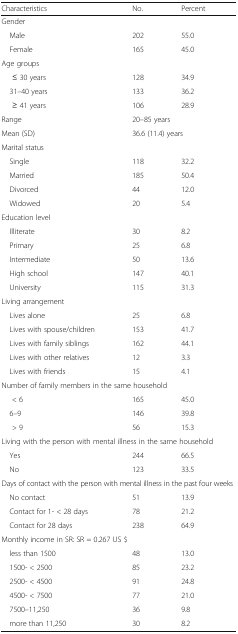
<table><thead><tr><td><b>Characteristics</b></td><td><b>No.</b></td><td><b>Percent</b></td></tr></thead><tbody><tr><td colspan="3">Gender</td></tr><tr><td> Male</td><td>202</td><td>55.0</td></tr><tr><td> Female</td><td>165</td><td>45.0</td></tr><tr><td colspan="3">Age groups</td></tr><tr><td>≤ 30 years</td><td>128</td><td>34.9</td></tr><tr><td> 31–40 years</td><td>133</td><td>36.2</td></tr><tr><td>≥ 41 years</td><td>106</td><td>28.9</td></tr><tr><td>Range</td><td colspan="2">20–85 years</td></tr><tr><td>Mean (SD)</td><td colspan="2">36.6 (11.4) years</td></tr><tr><td colspan="3">Marital status</td></tr><tr><td> Single</td><td>118</td><td>32.2</td></tr><tr><td> Married</td><td>185</td><td>50.4</td></tr><tr><td> Divorced</td><td>44</td><td>12.0</td></tr><tr><td> Widowed</td><td>20</td><td>5.4</td></tr><tr><td colspan="3">Education level</td></tr><tr><td> Illiterate</td><td>30</td><td>8.2</td></tr><tr><td> Primary</td><td>25</td><td>6.8</td></tr><tr><td> Intermediate</td><td>50</td><td>13.6</td></tr><tr><td> High school</td><td>147</td><td>40.1</td></tr><tr><td> University</td><td>115</td><td>31.3</td></tr><tr><td colspan="3">Living arrangement</td></tr><tr><td> Lives alone</td><td>25</td><td>6.8</td></tr><tr><td> Lives with spouse/children</td><td>153</td><td>41.7</td></tr><tr><td> Lives with family siblings</td><td>162</td><td>44.1</td></tr><tr><td> Lives with other relatives</td><td>12</td><td>3.3</td></tr><tr><td> Lives with friends</td><td>15</td><td>4.1</td></tr><tr><td colspan="3">Number of family members in the same household</td></tr><tr><td>&lt; 6</td><td>165</td><td>45.0</td></tr><tr><td> 6–9</td><td>146</td><td>39.8</td></tr><tr><td>&gt; 9</td><td>56</td><td>15.3</td></tr><tr><td colspan="3">Living with the person with mental illness in the same household</td></tr><tr><td> Yes</td><td>244</td><td>66.5</td></tr><tr><td> No</td><td>123</td><td>33.5</td></tr><tr><td colspan="3">Days of contact with the person with mental illness in the past four weeks</td></tr><tr><td> No contact</td><td>51</td><td>13.9</td></tr><tr><td> Contact for 1- &lt; 28 days</td><td>78</td><td>21.2</td></tr><tr><td> Contact for 28 days</td><td>238</td><td>64.9</td></tr><tr><td colspan="3">Monthly income in SR: SR = 0.267 US $</td></tr><tr><td> less than 1500</td><td>48</td><td>13.0</td></tr><tr><td> 1500- &lt; 2500</td><td>85</td><td>23.2</td></tr><tr><td> 2500- &lt; 4500</td><td>91</td><td>24.8</td></tr><tr><td> 4500- &lt; 7500</td><td>77</td><td>21.0</td></tr><tr><td> 7500–11,250</td><td>36</td><td>9.8</td></tr><tr><td> more than 11,250</td><td>30</td><td>8.2</td></tr></tbody></table>